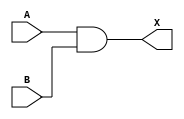
module   sky130_fd_sc_hd__and2_4
(
   input  wire A,
   input  wire B,
   output wire X
);

   assign X = A & B;
  
endmodule

module sky130_fd_sc_hd__dlrtp_1
(
   input  wire RESET_B,
   input  wire GATE,
   input  wire D,
   output reg  Q
);

   always @*
   begin
      if (~RESET_B)
         Q = 1'b0;
      else if (GATE)
         Q = D;
   end

endmodule